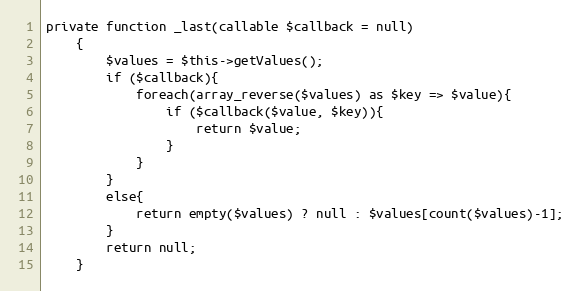
Language: PHP
private function _last(callable $callback = null)
    {
        $values = $this->getValues();
        if ($callback){
            foreach(array_reverse($values) as $key => $value){
                if ($callback($value, $key)){
                    return $value;
                }
            }
        }
        else{
            return empty($values) ? null : $values[count($values)-1];
        }
        return null;
    }